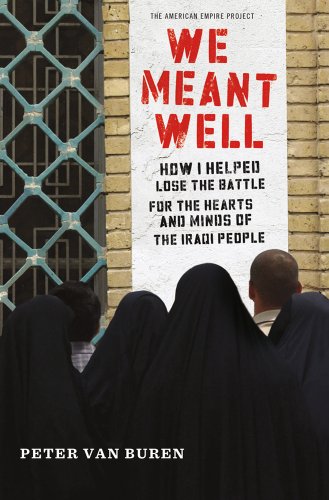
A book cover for We Meant Well: How I Helped Lose the Battle for the Hearts and Minds of the Iraqi People (American Empire Project); Peter Van Buren; History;